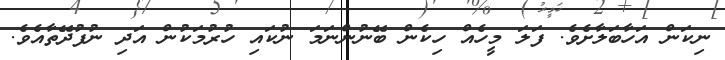
ނިކަން އަހާބަލާށެވެ. ފަލަ މީހެއް ހިކެން ބޭނުންނަމަ ނުކައި ހުރުމަކުން އަދި ނުފުދޭތާއެވެ.